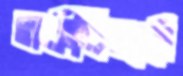
তর্কবিতর্কে